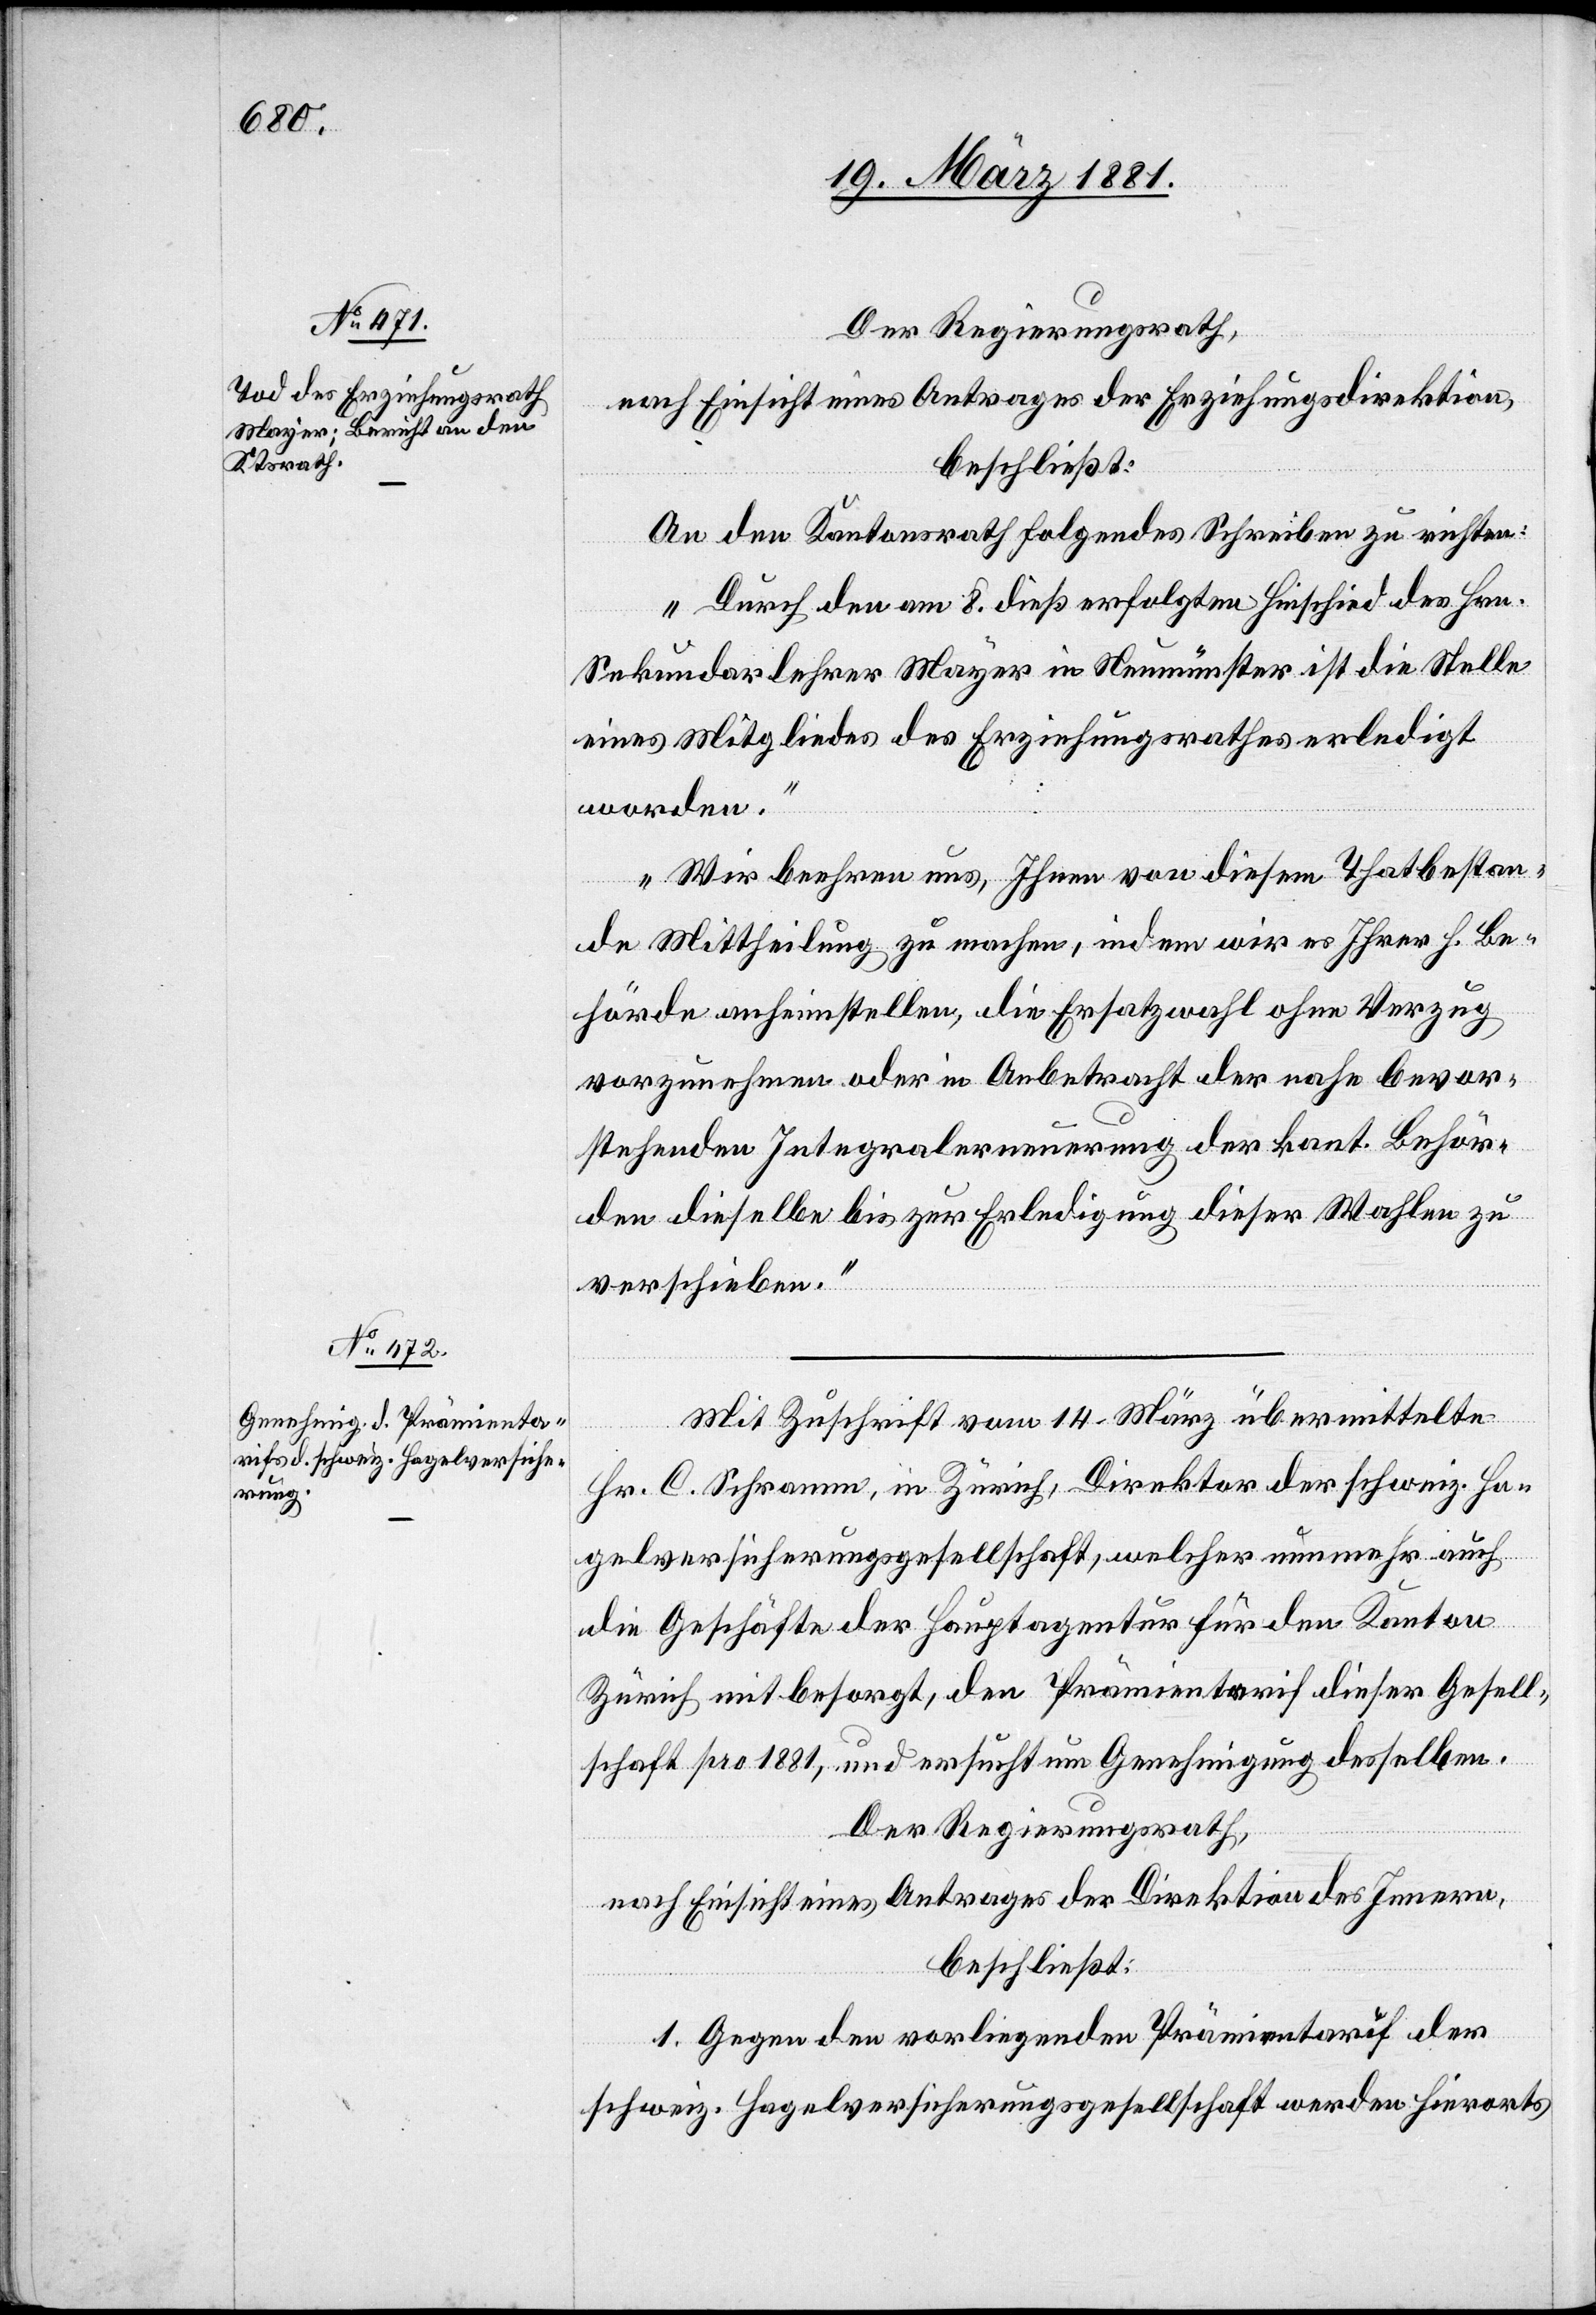
Der Regierungsrath,
nach Einsicht eines Antrages der Erziehungsdirektion,
beschließt:
An den Kantonsrath folgendes Schreiben zu richten:
„Durch den am 8. dieß erfolgten Hinschied des Hrn.
Sekundarlehrer Mayer in Neumünster ist die Stelle
eines Mitgliedes des Erziehungsrathes erledigt
worden.“
„Wir beehren uns, Ihnen von diesem Thatbestan¬
de Mittheilung zu machen, indem wir es Ihrer h. Be¬
hörde anheimstellen, die Ersatzwahl ohne Verzug
vorzunehmen oder in Anbetracht der nahe bevor¬
stehenden Integralerneuerung der kant. Behör¬
den dieselbe bis zur Erledigung dieser Wahlen zu
verschieben.“
Mit Zuschrift vom 14. März übermittelte
Hr. C. Schramm, in Zürich, Direktor der schweiz. Ha¬
gelversicherungsgesellschaft, welcher nunmehr auch
die Geschäfte der Hauptagentur für den Kanton
Zürich mitbesorgt, den Prämientarif dieser Gesell¬
schaft pro 1881, und ersucht um Genehmigung desselben.
Der Regierungsrath,
nach Einsicht eines Antrages der Direktion des Innern,
beschließt:
1. Gegen den vorliegenden Prämientarif der
schweiz. Hagelversicherungsgesellschaft werden hierorts